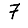
Digit: 7